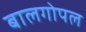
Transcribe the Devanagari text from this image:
बालगोपल